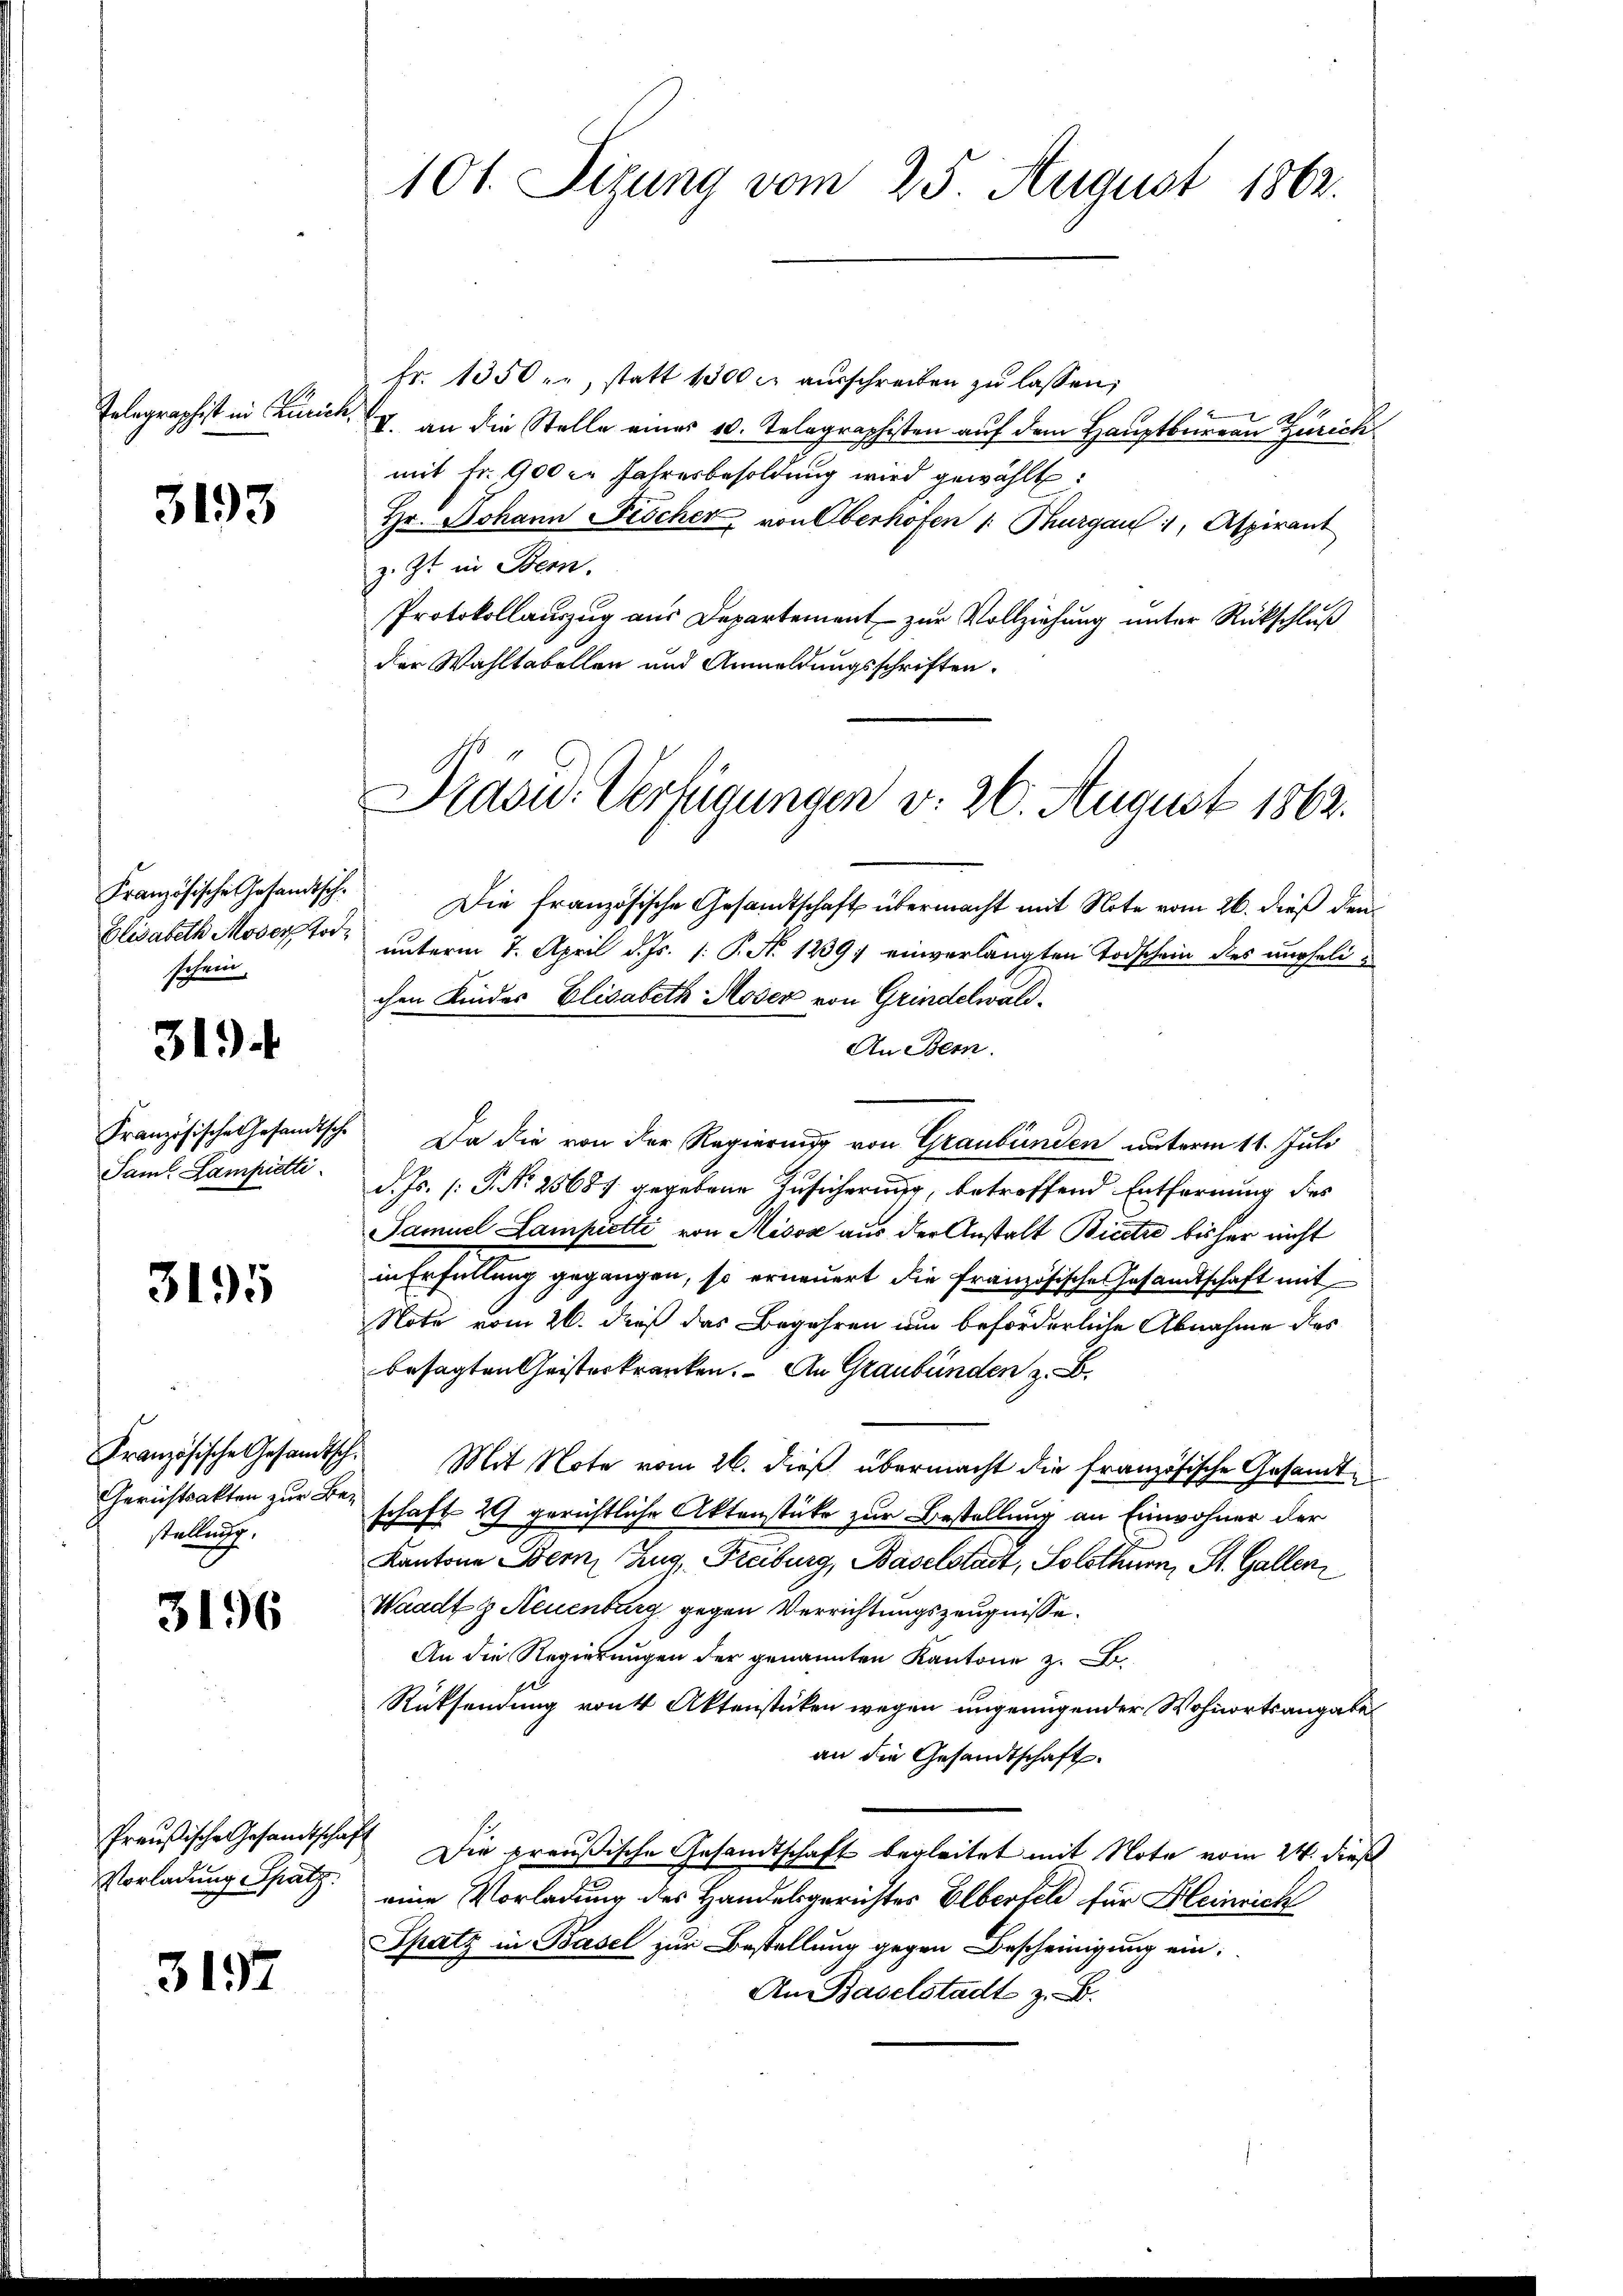
Tolographist in Zürich,

3193

Französische Gesandtsch¬
Elisabeth Moser Tod
stchen

3194

Französische Gesandtsche
Samt Lampietti

3195

Französische Gesandtsch
Gerichtsakten zur Bestellung.

3196

Preußische Gesandtschaft
Vorladung Spatz

3197

101. Sizung vom 25. August 1862.

Präsid. Verfügungen v. 26. August 1862.

fr. 1350 - , statt 1500 r. aŭsschreiben zŭ lassen;
VI. an die Stelle einer 10. Telegraphisten auf dem Hauptbureau Zürich
mit Fr. 900 er Jahresbesoldung wird gewählt:
Hr. Johann Fischer von Oberhofen /: Thurgau 1, Aspirant
z. Zt. in Bern.
Protokollauszug aus Departement zur Vollziehung unter Rückschluß
der Wahltabellen und Anmeldungsschriften.
Die französische Gesandtschaft übermacht mit Note vom 26. dieß den
unterm 7. April d. Js. s: P. N. 1239 einverlangten Todschein des verselichen Kindes Elisabeth-Moser von Grindelwald.
An Bern.
Da die von der Regierung von Graubünden unterm 11. Juli
d. Js. (: P. Nr. 25687 gegebene Zusicherung, betreffend Entfernung des
Samuel Sampietti von Misox aus der Anstalt Biete bisher nicht
in Erfüllung gegangen, so erneuert die Französische Gesandtschaft mit
Note vom 26. dieß das Begehren um beförderliche Abnahme des
besagten Geisterkranken. An Graubünden z. B.
 Mit Note vom 26. dieß übermacht die französische Gesandte
schaft 29 gerichtliche Aktenstüke zur Bestellung an Einwohner der
Kantone Bern, Zug, Freiburg, Baselstadt, Solothurn, St. Gallen
Waadt g Neuenburg gegen Verrichtungszeugnisse
An die Regierungen der genannten Kantone z. B.
Rücksendung von Aktenstücken wegen ungenügender Wohnortsangabe
an die Gesandtschaft.
Die preußische Gesandtschaft begleitet mit Note vom 24. dieß
eine Vorladung des Handelsgerichtes Elberfeld für Heinrich
Spatz in Basel zur Bestellung gegen Bescheinigung ein
An Baselstadt z. B.